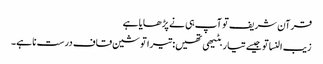
قرآن شریف تو آپ ہی نے پڑھایا ہے
زیب النسا تو جیسے تیار بٹیھی تھیں: تیرا تو شین قاف درست نا ہے۔